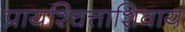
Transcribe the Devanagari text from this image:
प्रायश्चित्ताशिवाय